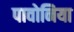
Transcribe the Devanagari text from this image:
पावोनिया